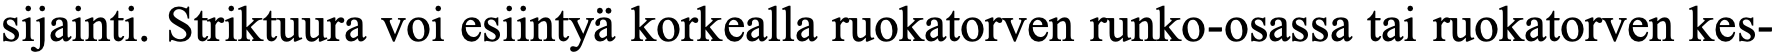
sijainti. Striktuura voi esiintyä korkealla ruokatorven runko-osassa tai ruokatorven kes-